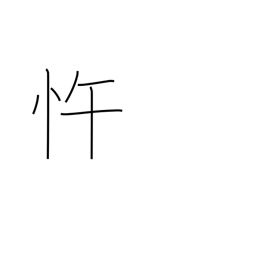
Meaning: insubordinate